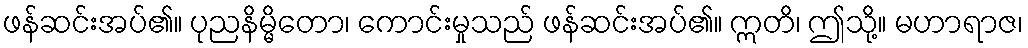
ဖန်ဆင်းအပ်၏။ ပုညနိမ္မိတော၊ ကောင်းမှုသည် ဖန်ဆင်းအပ်၏။ ဣတိ၊ ဤသို့။ မဟာရာဇ၊